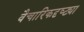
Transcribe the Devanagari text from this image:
वैचारिकदृष्‍ट्या